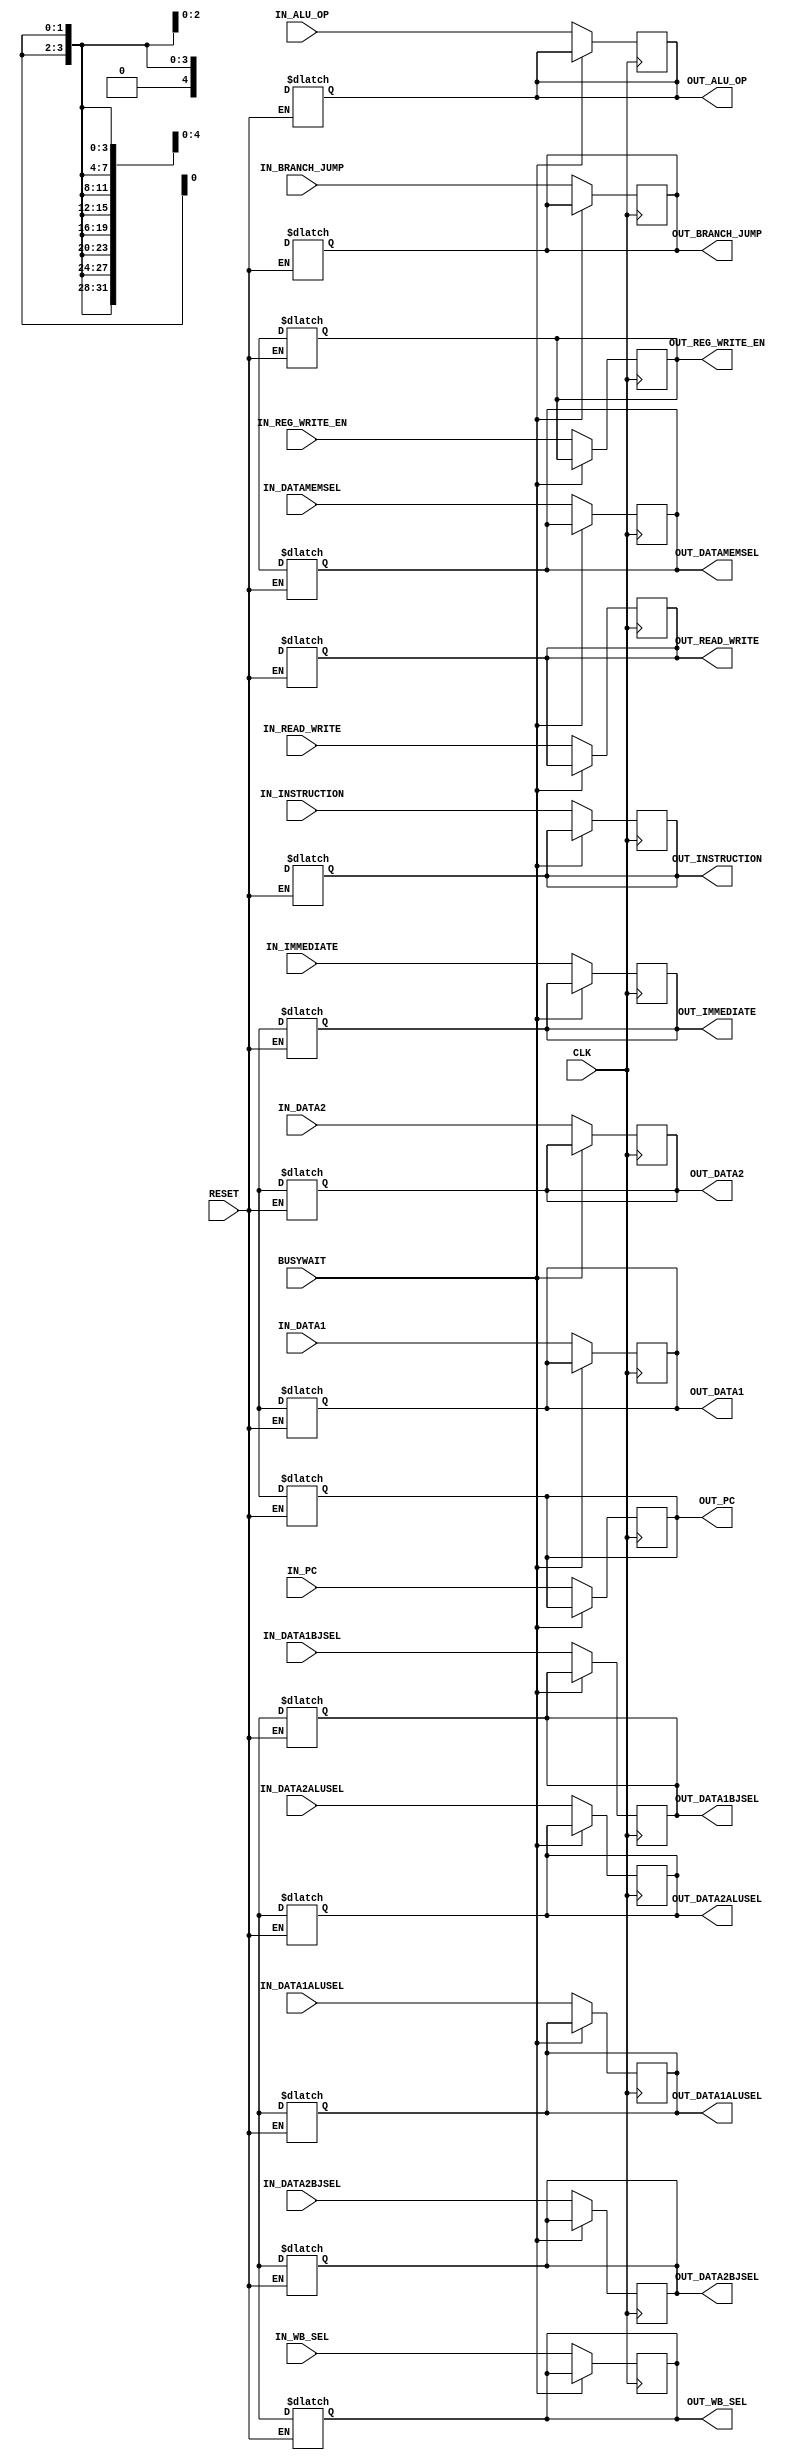
module id_ex_pipeline_reg(
    IN_INSTRUCTION, // INSTRUCTION [11:7]
    IN_PC,
    IN_DATA1, 
    IN_DATA2, 
    IN_IMMEDIATE,
    IN_DATA1ALUSEL,
    IN_DATA2ALUSEL,
    IN_DATA1BJSEL,
    IN_DATA2BJSEL,
    IN_ALU_OP,
    IN_BRANCH_JUMP,
    IN_DATAMEMSEL,
    IN_READ_WRITE,
    IN_WB_SEL,
    IN_REG_WRITE_EN,
    OUT_INSTRUCTION,
    OUT_PC,
    OUT_DATA1,
    OUT_DATA2,
    OUT_IMMEDIATE, 
    OUT_DATA1ALUSEL,
    OUT_DATA2ALUSEL,
    OUT_DATA1BJSEL,
    OUT_DATA2BJSEL,
    OUT_ALU_OP,
    OUT_BRANCH_JUMP,
    OUT_DATAMEMSEL,
    OUT_READ_WRITE,
    OUT_WB_SEL,
    OUT_REG_WRITE_EN,
    CLK, 
    RESET,
    BUSYWAIT);

    //declare the ports
    input [4:0] IN_ALU_OP, IN_INSTRUCTION;
    input [2:0] IN_BRANCH_JUMP;
    input [1:0] IN_WB_SEL, IN_DATA1ALUSEL, IN_DATA2ALUSEL, IN_DATA1BJSEL, IN_DATA2BJSEL;
    input [3:0] IN_READ_WRITE;
    
    input [31:0] IN_PC,
            IN_DATA1,
            IN_DATA2,
            IN_IMMEDIATE;   
                
    input IN_DATAMEMSEL,
        IN_REG_WRITE_EN,
        CLK, 
        RESET, 
        BUSYWAIT;

    output reg [4:0] OUT_ALU_OP, OUT_INSTRUCTION;
    output reg [2:0] OUT_BRANCH_JUMP;
    output reg [1:0] OUT_WB_SEL, OUT_DATA1ALUSEL, OUT_DATA2ALUSEL, OUT_DATA1BJSEL, OUT_DATA2BJSEL;
    output reg [3:0] OUT_READ_WRITE;
 
    output reg [31:0] OUT_PC,
                    OUT_DATA1,
                    OUT_DATA2,
                    OUT_IMMEDIATE; 

    output reg OUT_DATAMEMSEL,
            OUT_REG_WRITE_EN;

    //RESETTING output registers
    always @ (*) begin
        if (RESET) begin
            #1;
            OUT_INSTRUCTION = 5'dx;
            OUT_PC = 32'dx;
            OUT_DATA1 = 32'dx;
            OUT_DATA2 = 32'dx;
            OUT_IMMEDIATE =  32'dx;
            OUT_DATA1ALUSEL = 2'dx;
            OUT_DATA2ALUSEL = 2'dx;
            OUT_DATA1BJSEL = 2'dx;
            OUT_DATA2BJSEL = 2'dx;
            OUT_ALU_OP = 4'dx;
            OUT_BRANCH_JUMP = 3'dx;
            OUT_DATAMEMSEL  = 1'dx;
            OUT_READ_WRITE = 4'dx;
            OUT_WB_SEL = 2'dx;
            OUT_REG_WRITE_EN = 1'dx;
        end
    end

    //Writing the input values to the output registers, 
    //when the RESET is low and when the CLOCK is at a positive edge and BUSYWAIT is low 
    always @(posedge CLK)
    begin
        #0;
        if (!BUSYWAIT) begin
            OUT_INSTRUCTION <= IN_INSTRUCTION;
            OUT_PC <= IN_PC;
            OUT_DATA1 <= IN_DATA1;
            OUT_DATA2 <= IN_DATA2;
            OUT_IMMEDIATE <=  IN_IMMEDIATE;
            OUT_DATA1ALUSEL <= IN_DATA1ALUSEL;
            OUT_DATA2ALUSEL <= IN_DATA2ALUSEL;
            OUT_DATA1BJSEL <= IN_DATA1BJSEL;
            OUT_DATA2BJSEL <= IN_DATA2BJSEL;
            OUT_ALU_OP <= IN_ALU_OP;
            OUT_BRANCH_JUMP <= IN_BRANCH_JUMP;
            OUT_DATAMEMSEL  <= IN_DATAMEMSEL;
            OUT_READ_WRITE <= IN_READ_WRITE;
            OUT_WB_SEL <= IN_WB_SEL;
            OUT_REG_WRITE_EN <= IN_REG_WRITE_EN;
        end
    end

endmodule